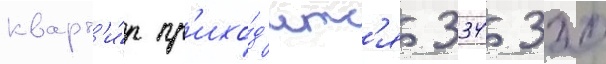
кварт'и́р пр'ихо́д'итс'я 334 320